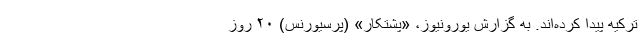
ترکیه پیدا کرده‌اند. به گزارش یورونیوز، «پشتکار» (پرسیورنس) ۲۰ روز